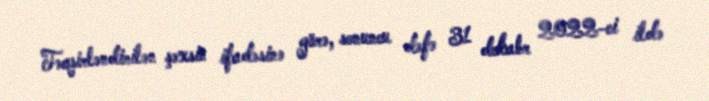
Təqsirləndirilən şəxsin ifadəsinə görə, sonuncu dəfə 31 dekabr 2022-ci ildə